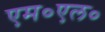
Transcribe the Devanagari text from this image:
एम०एल०